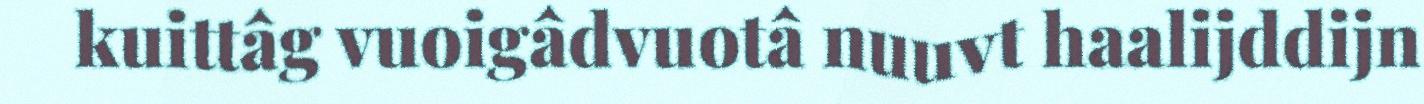
kuittâg vuoigâdvuotâ nuuvt haalijddijn